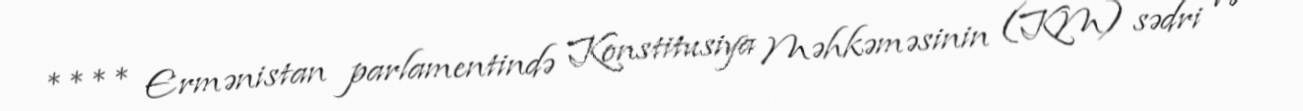
**** Ermənistan parlamentində Konstitusiya Məhkəməsinin (KM) sədri və